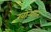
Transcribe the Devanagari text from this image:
खोऱ्याात